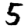
Digit: 5